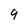
Character: 9